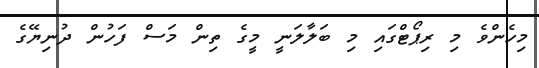
މިހެންވެ މި ރިޕޯޓްގައި މި ބަލާލަނީ މީގެ ތިން މަސް ފަހުން ދުނިޔޭގެ